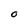
Character: O